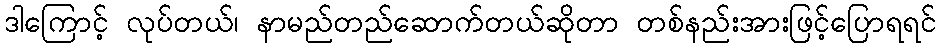
ဒါကြောင့် လုပ်တယ်၊ နာမည်တည်ဆောက်တယ်ဆိုတာ တစ်နည်းအားဖြင့်ပြောရရင်